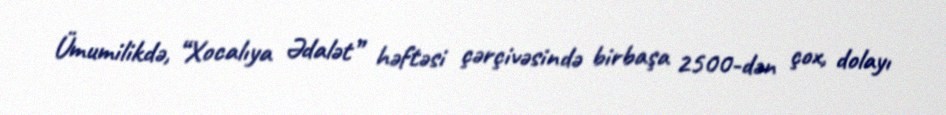
Ümumilikdə, “Xocalıya Ədalət” həftəsi çərçivəsində birbaşa 2500-dən çox, dolayı